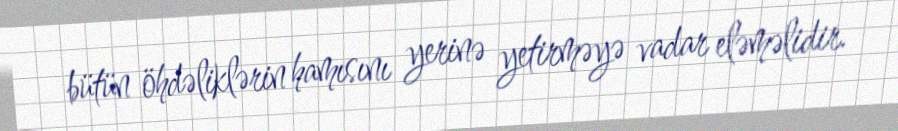
bütün öhdəliklərin hamısını yerinə yetirməyə vadar eləməlidir.